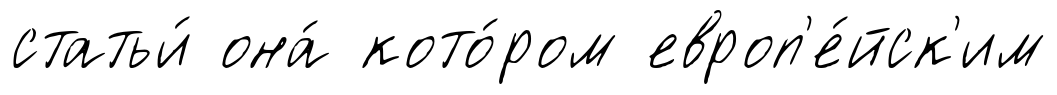
статьи́ она́ кото́ром европ'е́йск'им